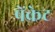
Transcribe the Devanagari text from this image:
पेंक्रेट